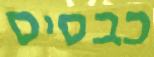
כבסיס